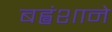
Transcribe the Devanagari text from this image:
बह्वंशाने